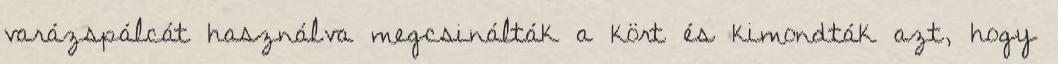
varázspálcát használva megcsinálták a kört és kimondták azt, hogy